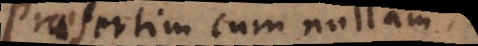
praesertim cum nullam